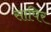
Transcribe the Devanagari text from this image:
सापिर